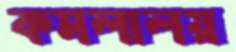
কমলালয়